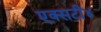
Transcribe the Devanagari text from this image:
एक्सटी४